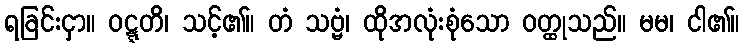
ရခြင်းငှာ။ ဝဋ္ဋတိ၊ သင့်၏။ တံ သဗ္ဗံ၊ ထိုအလုံးစုံသော ဝတ္ထုသည်။ မမ၊ ငါ၏။